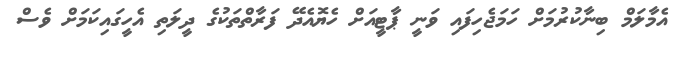
އެމާލަމް ބިނާކުރުމަށް ހަމަޖެހިފައި ވަނީ ޕާޓީއަށް ހެޔޮއެދޭ ފަރާތްތަކުގެ ދީލަތި އެހީގައިކަމަށް ވެސް